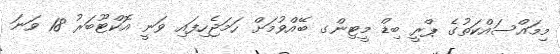
މިމައްސައްކަތުގެ ޕްރީ ބިޑް މީޓިންގ ބޭއްވުމަށް ހަމަޖެހިފައި ވަނީ އޮކްޓޫބަރު 18 ވަނަ